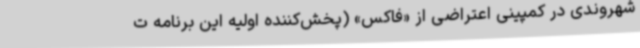
شهروندی در کمپینی اعتراضی از «فاکس» (پخش‌کننده اولیه این برنامه ت